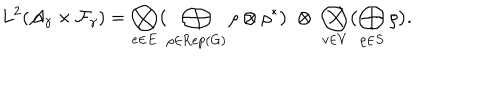
LaTeX: L ^ { 2 } ( { \cal A } _ { \gamma } \times { \cal F } _ { \gamma } ) = \bigotimes _ { e \in E } \bigl ( \bigoplus _ { \rho \in \mathrm { R e p } ( G ) } \rho \otimes \rho ^ { * } \bigr ) \; \otimes \; \bigotimes _ { v \in V } \bigl ( \bigoplus _ { \rho \in S } \rho \bigr ) .